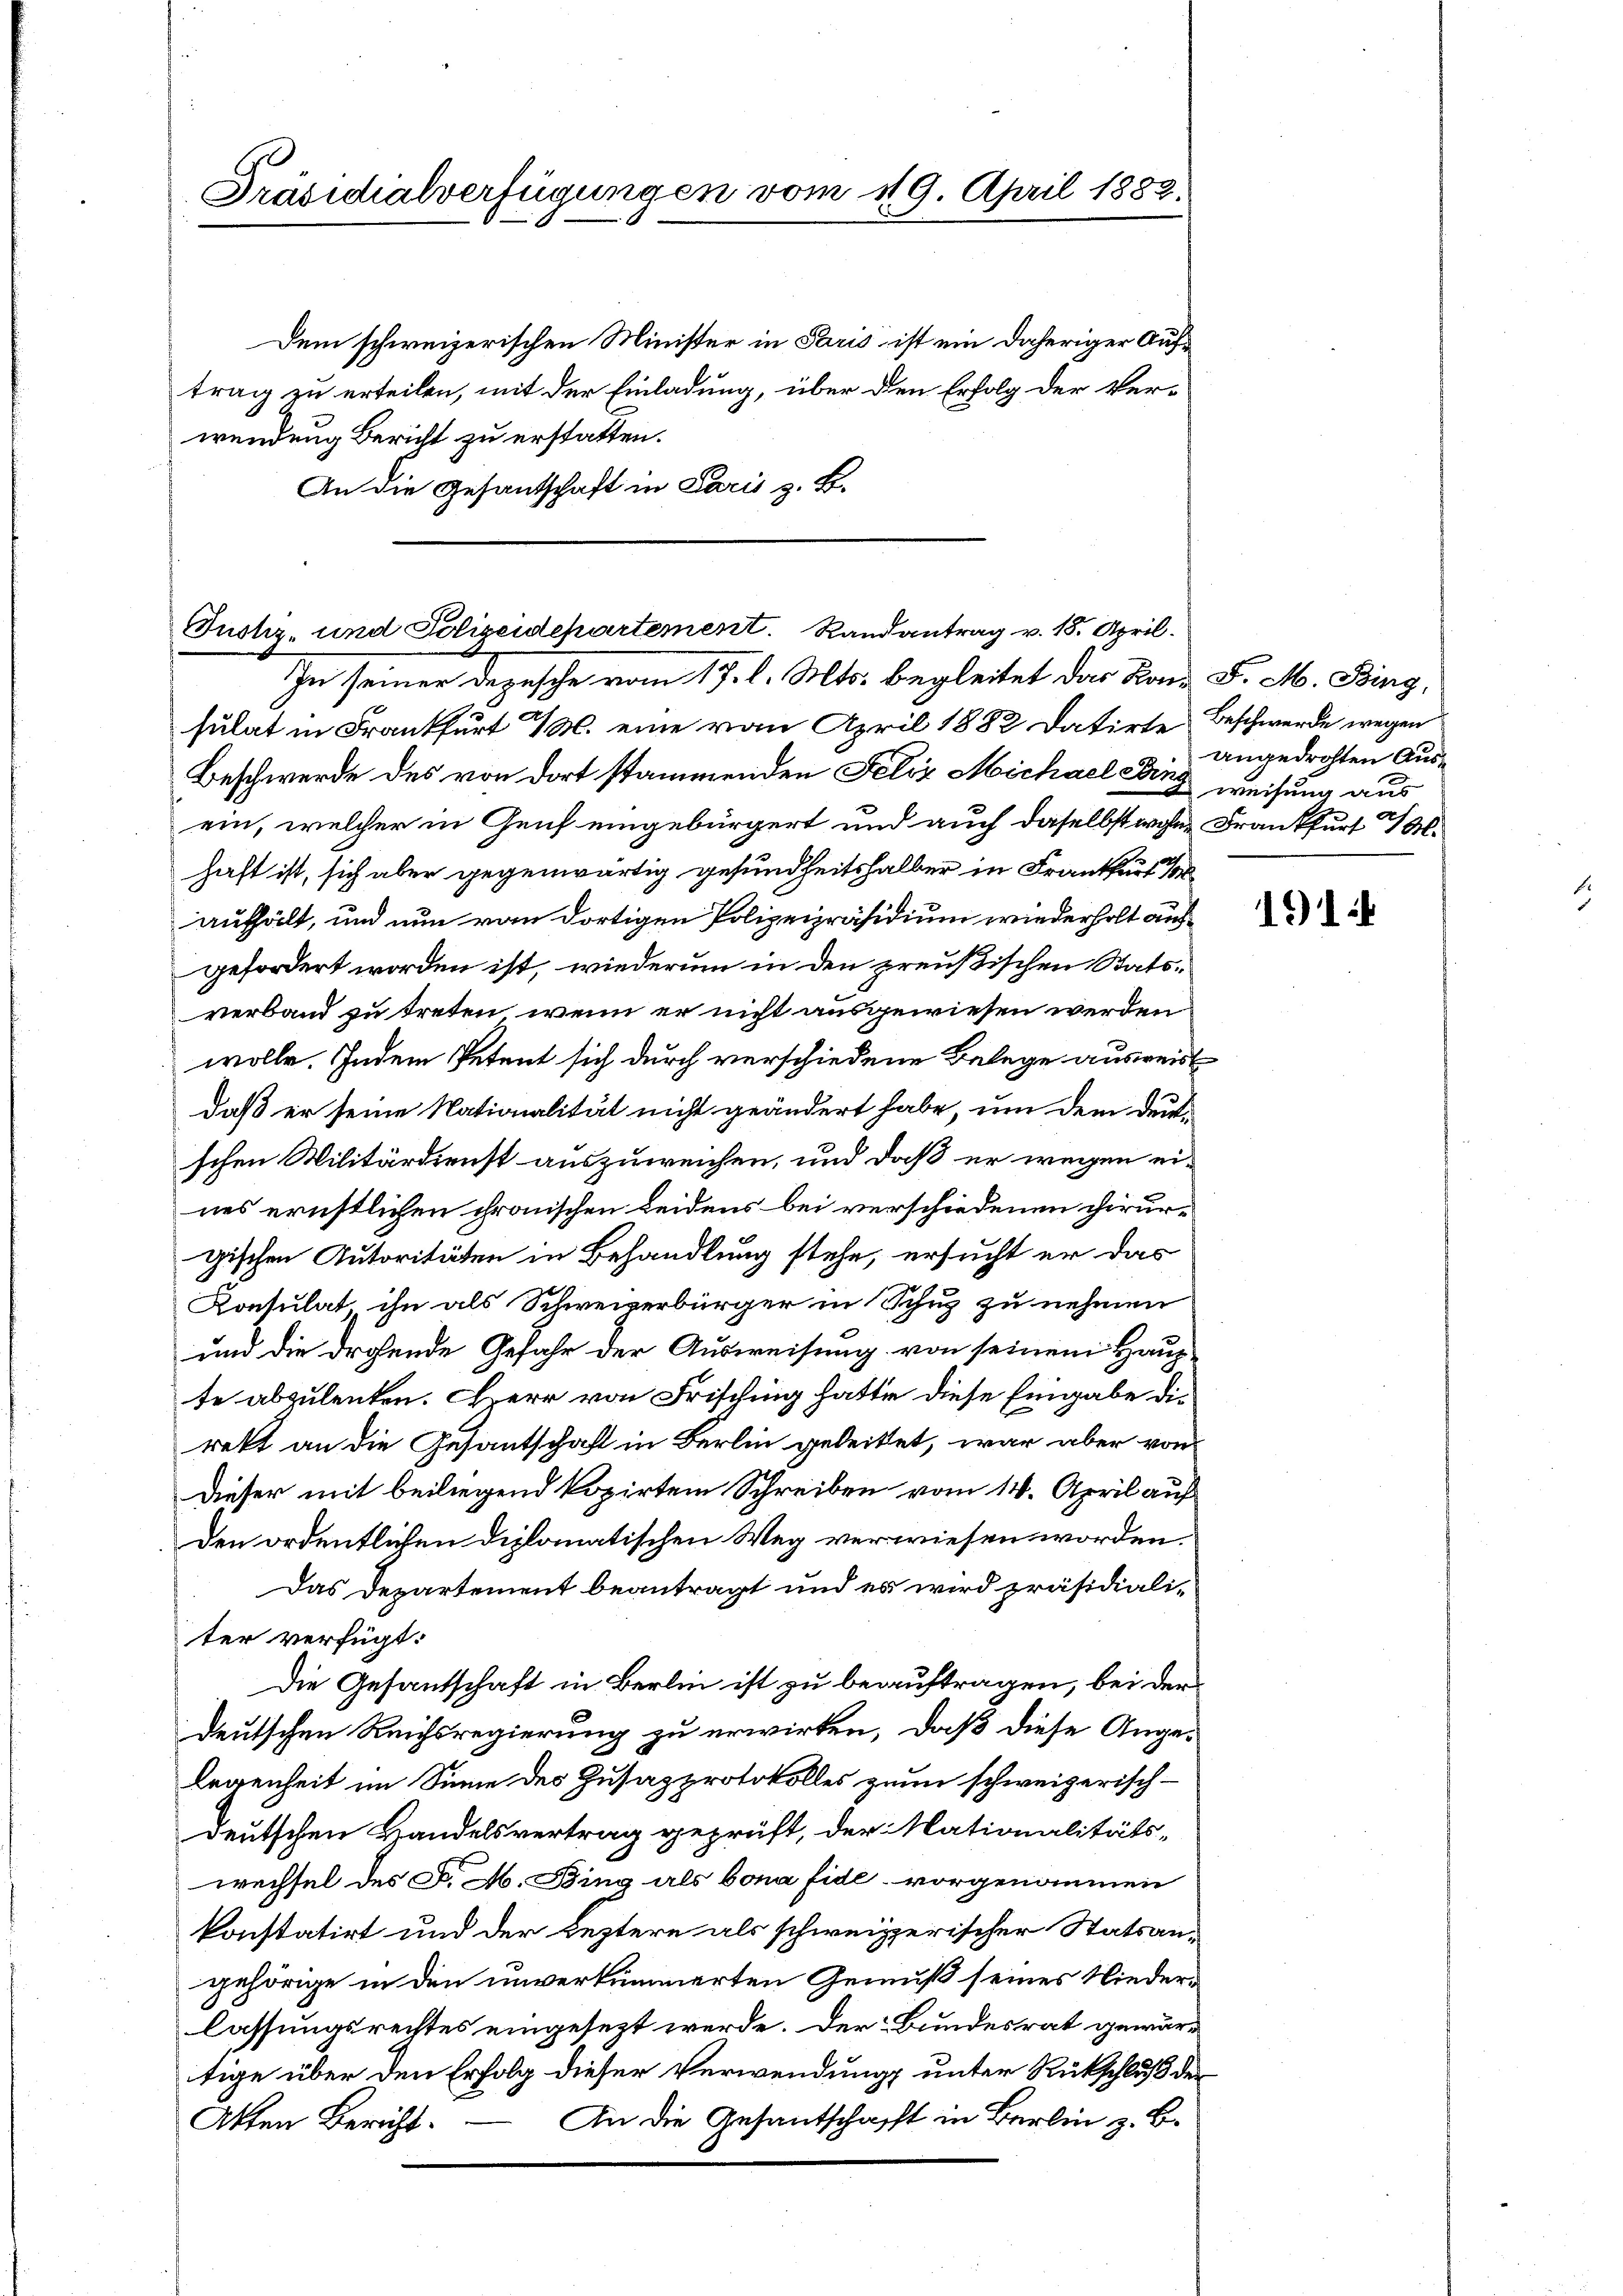
Präsidialverfügungen vom 119. April 1883.

Dem schweizerischen Minister in Paris ist ein daheriger Auftrag zu erteilen, mit der Einladung, über den Erfolg der Verwendung Bericht zu erstatten.
An die Gesandschaft in Paris z. B.

Justiz- und Polizeidepartement. Randantrag v. 18. April.
In seiner Depesche vom 17. l. Mts. begleitet das Kan F. M. Bing,

sulat in Frankfurt M. eine von April 1882 datirte Beschwerde wegen
Beschwerde des von dort stammenden Felix Michael Cang weisung aus,
ein, welcher in Genf eingebürgert und auch daselbst wohne Frankfurt 4 M.
haft ist, sich aber gegenwärtig gesundheitshalber in Frankfurt
aufhält, und nun von dortigen Polizeipräsidium wiederholt aufgefordert worden ist, wiederum in den preußischen Statsverband zu treten, wenn er nicht ausgewiesen werden
wolle. Indem Petent sich durch verschiedene Belege ausweis
daß er seine Nationalität nicht geändert habe, um dem deutschen Militärdienst auszuweichen, und daß er wegen eines ernstlichen chronischen Leidens bei verschiedenen chirurgischen Autoritäten in Behandlung stehe, ersucht er das
Konsulat, ihn als Schweizerbürger in Schuz zu nehmen
und die drohende Gefahr der Ausweisung von seinem Haup
te abzulenken. Herr von Frisching hatte diese Eingabe die
rett an die Gesantschaft in Berlin geleitet, war aber von
Dieser mit beiliegend kopirten Schreiben vom 14. April auf
Den ordentlichen Diplomatischen Weg verwiesen worden.
Das Departement beantragt und es wird präsidialiter verfügt:
Die Gesantschaft in Berlin ist zu beauftragen, bei der
deutschen Reichsregierung zu erwirken, daß diese Ange¬
Legenheit im Sinne des Zusazprotokolles zum schweizerisch-
deutschen Handelsvertrag geprüft, der Mationalitäts-
wechsel des C. M. Bing als bona fide vorgenommen
konstatirt und der leztere als schweizerischer Statsangehörige in den unverkümmerten Gemäß seines Niederlassungsrechtes eingesezt werde. Der Bundesrat gewärtige über den Erfolg dieser Verwendung unter Rückschluß der
Akten Bericht. — An die Gesantschaft in Berlin z. B.

angedrohten Aus¬

1914